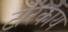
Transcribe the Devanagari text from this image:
टोरकाय